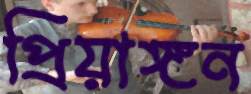
প্রিয়াঙ্গন